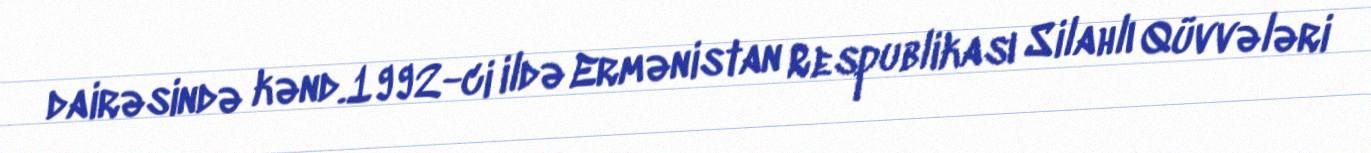
dairəsində kənd.1992-ci ildə Ermənistan Respublikası Silahlı Qüvvələri